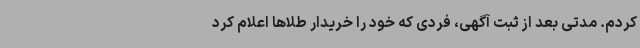
کردم. مدتی بعد از ثبت آگهی، فردی که خود را خریدار طلاها اعلام کرد